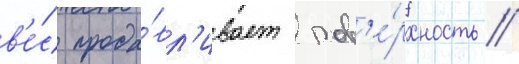
в'е́с прода́вл'ивает пов'е́рхность //